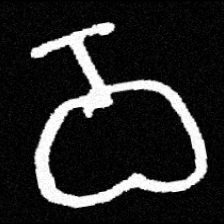
Pyu character \u2014 Myanmar letter: ဝ (romanized: wa)